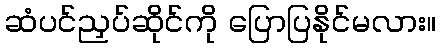
ဆံပင်ညှပ်ဆိုင်ကို ပြောပြနိုင်မလား။